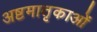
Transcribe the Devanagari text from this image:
अष्टमातृकाओं